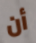
أن